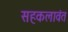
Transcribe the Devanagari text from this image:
सहकलावंत